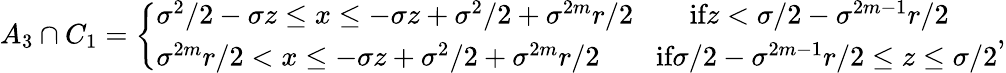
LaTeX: \begin{array}{r}{A_{3}\cap C_{1}=\left\{ \begin{array}{ll}{\sigma^{2}/2-\sigma z\leq x\leq-\sigma z+\sigma^{2}/2+\sigma^{2m}r/2\qquad\textrm{if}z<\sigma/2-\sigma^{2m-1}r/2}\\ {\sigma^{2m}r/2<x\leq-\sigma z+\sigma^{2}/2+\sigma^{2m}r/2\qquad\textrm{if}\sigma/2-\sigma^{2m-1}r/2\leq z\leq\sigma/2}\end{array}\right.,}\end{array}